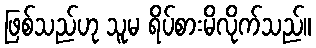
ဖြစ်သည်ဟု သူမ ရိပ်စားမိလိုက်သည်။